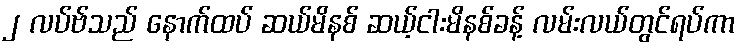
၂ လပ်ဗ်သည် နောက်ထပ် ဆယ်မိနစ် ဆယ့်ငါးမိနစ်ခန့် လမ်းလယ်တွင်ရပ်ကာ